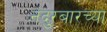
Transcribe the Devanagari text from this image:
नंदुरबारच्या